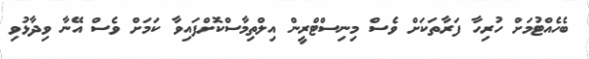
ބެހެއްޓުމަށް ހުރިހާ ފަރާތަކަށް ވެސް މިނިސްޓްރީން އިލްތިމާސްކޮށްފައިވާ ކަމަށް ވެސް އޭނާ ވިދާޅުވި